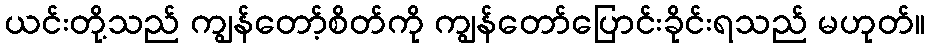
ယင်းတို့သည် ကျွန်တော့်စိတ်ကို ကျွန်တော်ပြောင်းခိုင်းရသည် မဟုတ်။